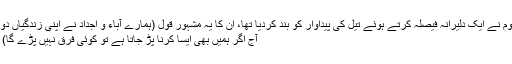
اس جنگ کے دوران شا ه فیصل مرحوم نے ایک دلیرانہ فیصلہ کرتے ہوئے تیل کی پیداوار کو بند کردیا تھا، ان کا یہ مشہور قول (ہمارے آباء و اجداد نے اپنی زندگیاں دودھ اور کھجور کھا کر گزار ی تھیں،
آج اگر ہمیں بھی ایسا کرنا پڑ جاتا ہے تو کوئی فرق نہیں پڑے گا) اپنی ایک علیٰحدہ ہی تاریخ رکھتا ہے۔